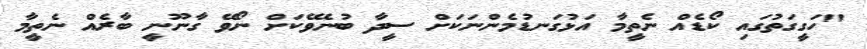
"ހަގީގަތުގައި ކޯޑެއް ނެތީމާ އަޅުގަނޑުމެންނަކަށް ސީދާ ބުނެވޭކަށް ނޯވޭ ގާނޫނީ ބާރެއް ނެތީމާ